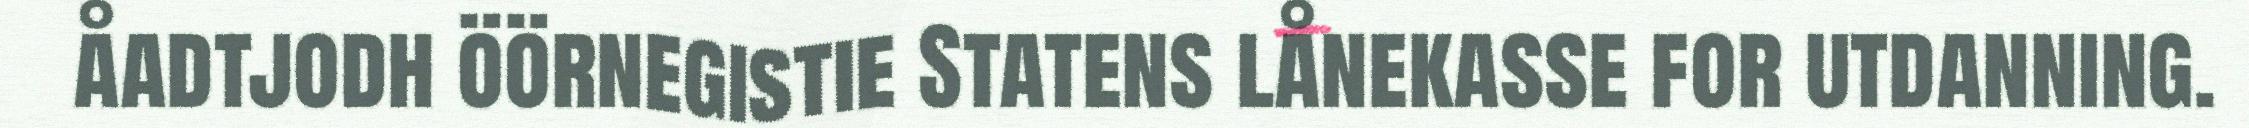
åadtjodh öörnegistie Statens lånekasse for utdanning.